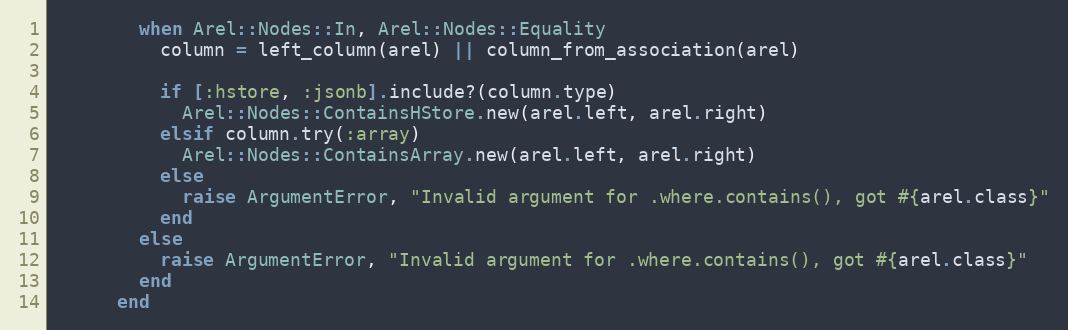
Language: Ruby
        when Arel::Nodes::In, Arel::Nodes::Equality
          column = left_column(arel) || column_from_association(arel)

          if [:hstore, :jsonb].include?(column.type)
            Arel::Nodes::ContainsHStore.new(arel.left, arel.right)
          elsif column.try(:array)
            Arel::Nodes::ContainsArray.new(arel.left, arel.right)
          else
            raise ArgumentError, "Invalid argument for .where.contains(), got #{arel.class}"
          end
        else
          raise ArgumentError, "Invalid argument for .where.contains(), got #{arel.class}"
        end
      end